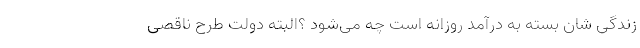
زندگی شان بسته به درآمد روزانه است چه می‌شود ؟البته دولت طرح ناقصی